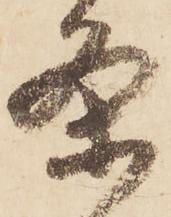
条